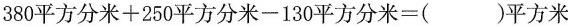
380平方分米+250平方分米-130平方分米=()平方米